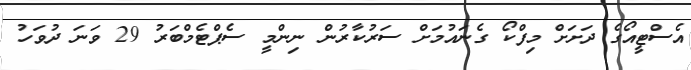
އެސްޓީއޯގެ ދަށަށް މިފްކޯ ގެނައުމަށް ސަރުކާރުން ނިންމީ ސެޕްޓެމްބަރު 29 ވަނަ ދުވަހު